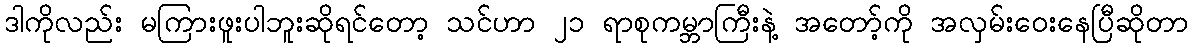
ဒါကိုလည်း မကြားဖူးပါဘူးဆိုရင်တော့ သင်ဟာ ၂၁ ရာစုကမ္ဘာကြီးနဲ့ အတော့်ကို အလှမ်းဝေးနေပြီဆိုတာ